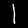
Label: 1